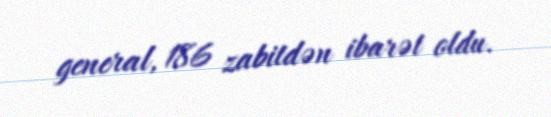
general, 186 zabitdən ibarət oldu.